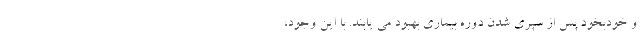
و خودبخود پس از سپری شدن دوره بیماری بهبود می یابند. با این وجود،